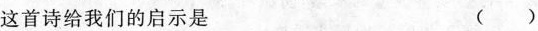
这首诗给我们的启示是 ()